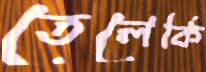
তেলেকি